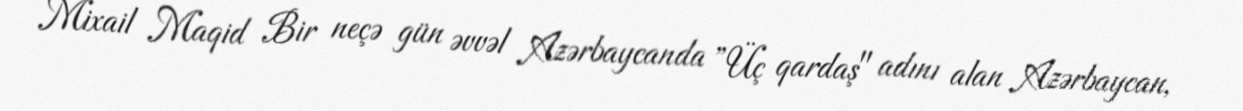
Mixail Maqid Bir neçə gün əvvəl Azərbaycanda ”Üç qardaş" adını alan Azərbaycan,